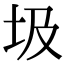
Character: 圾